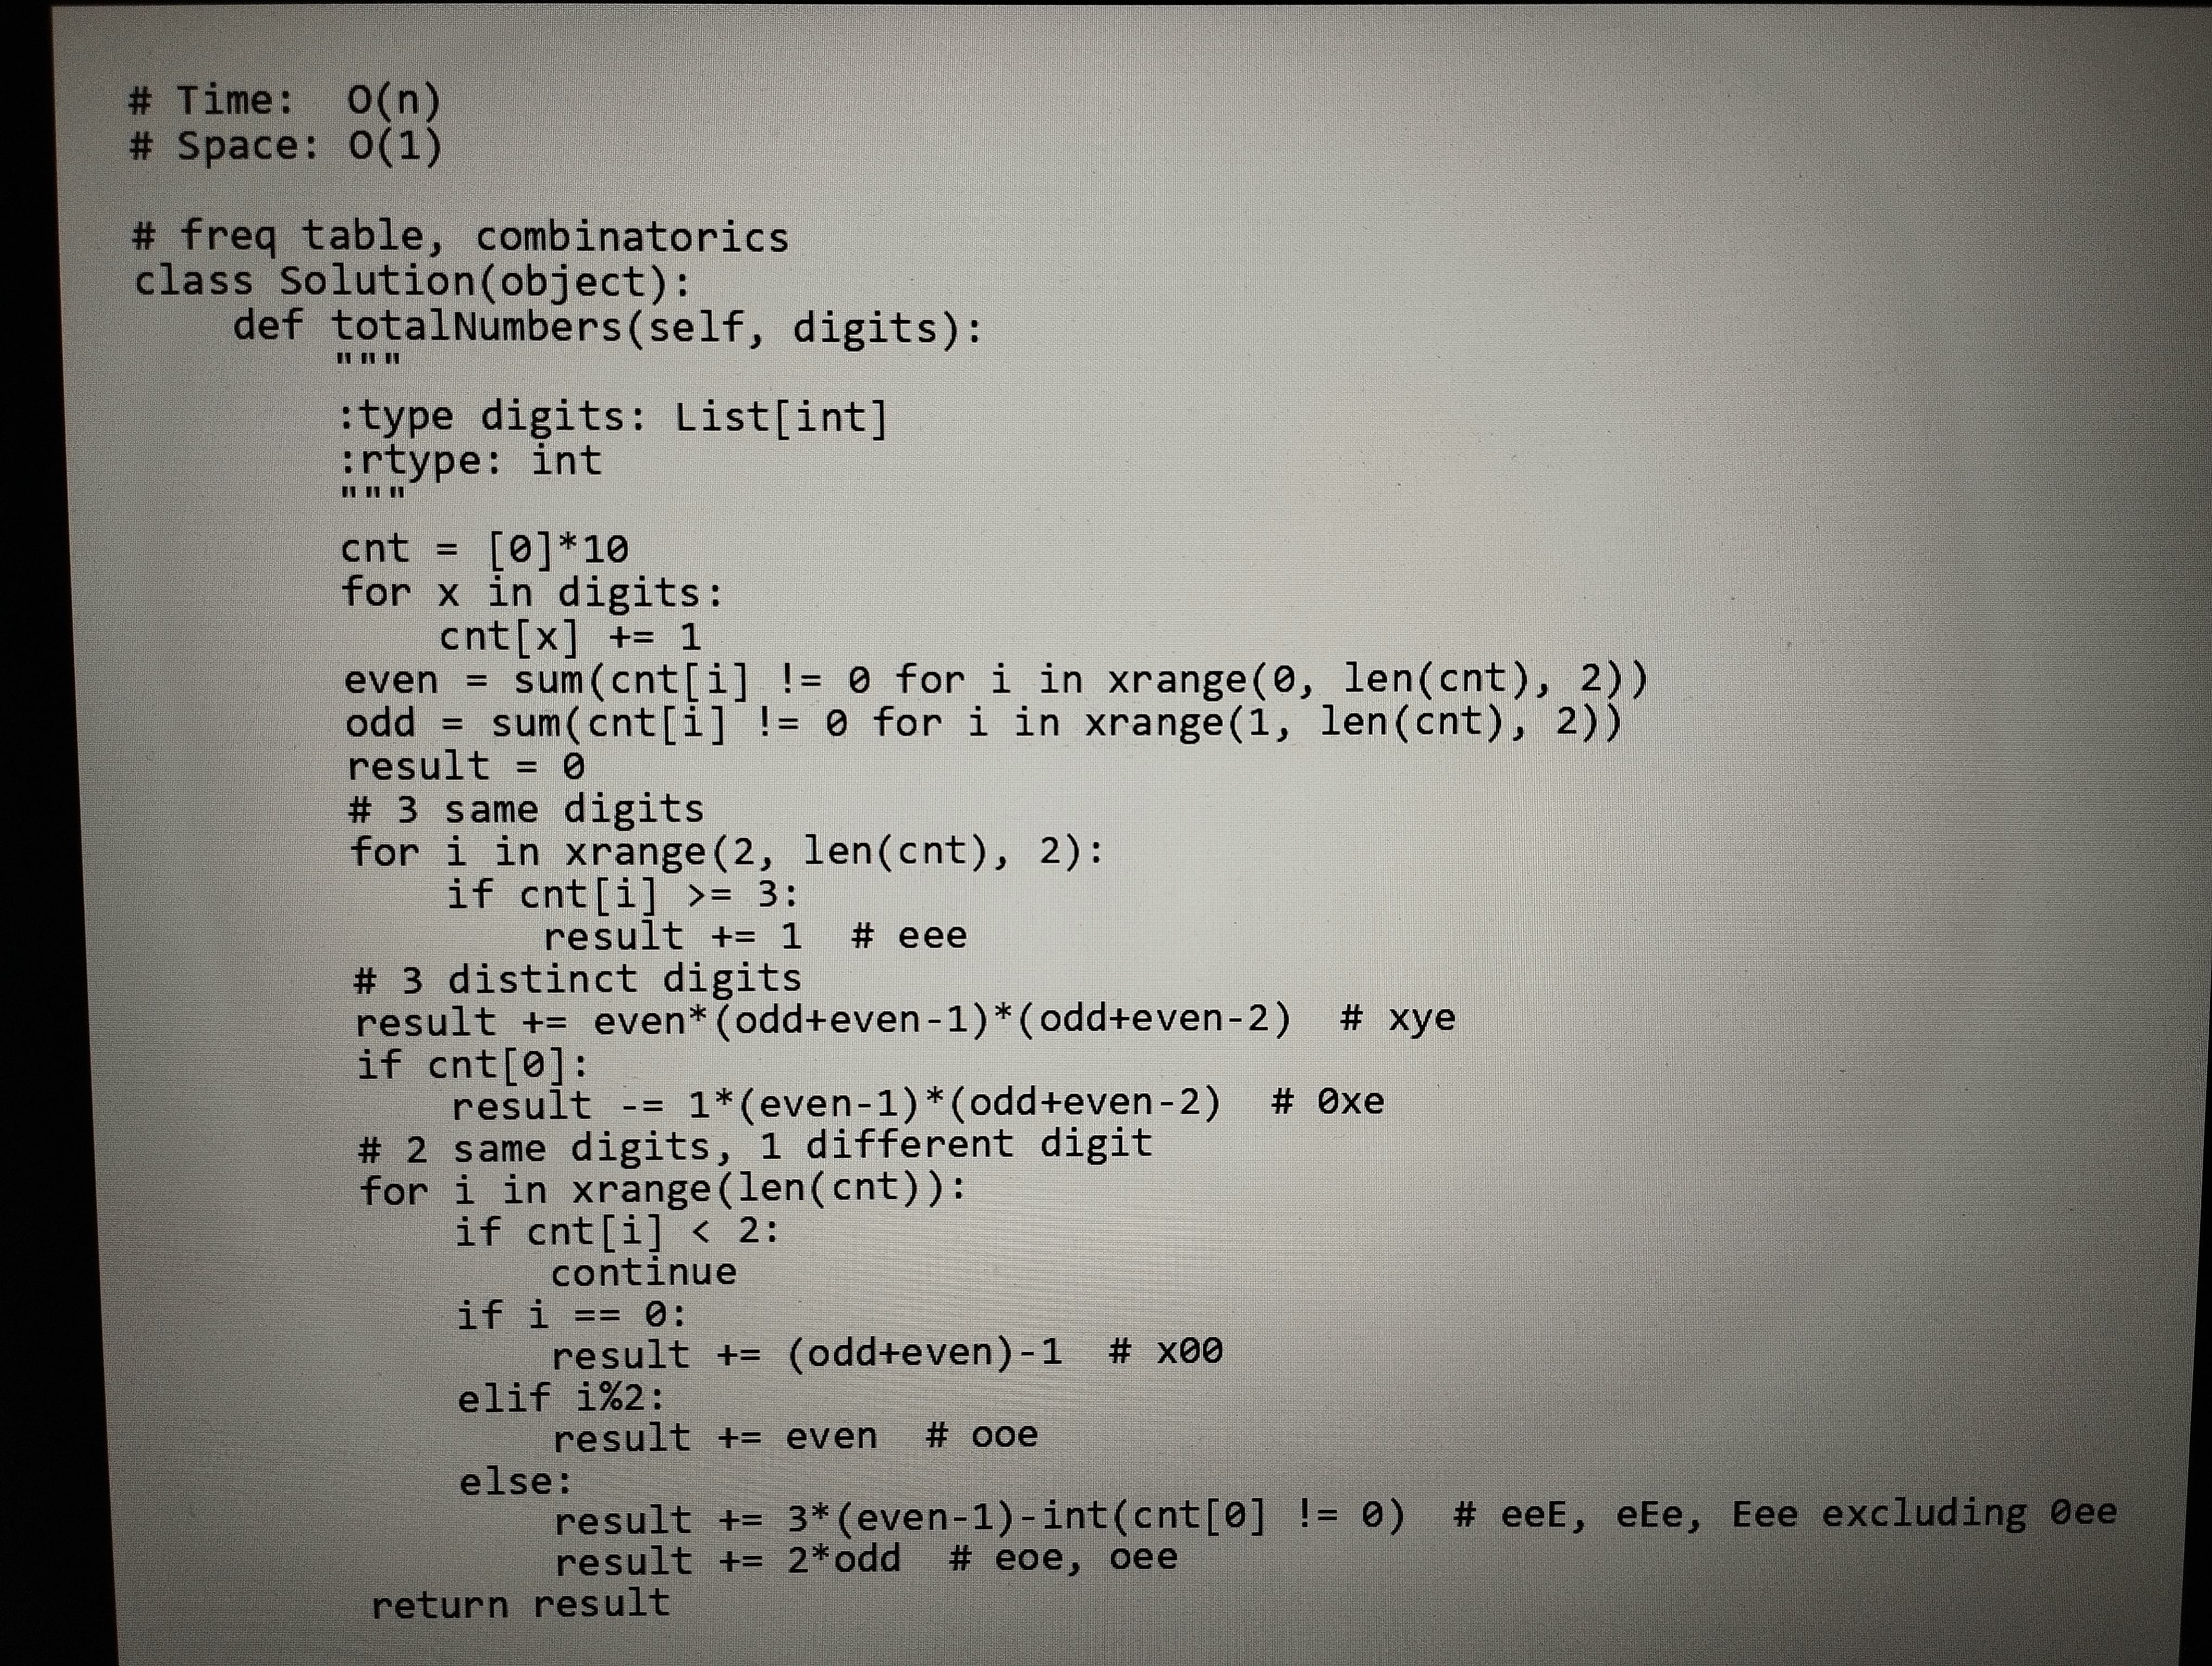
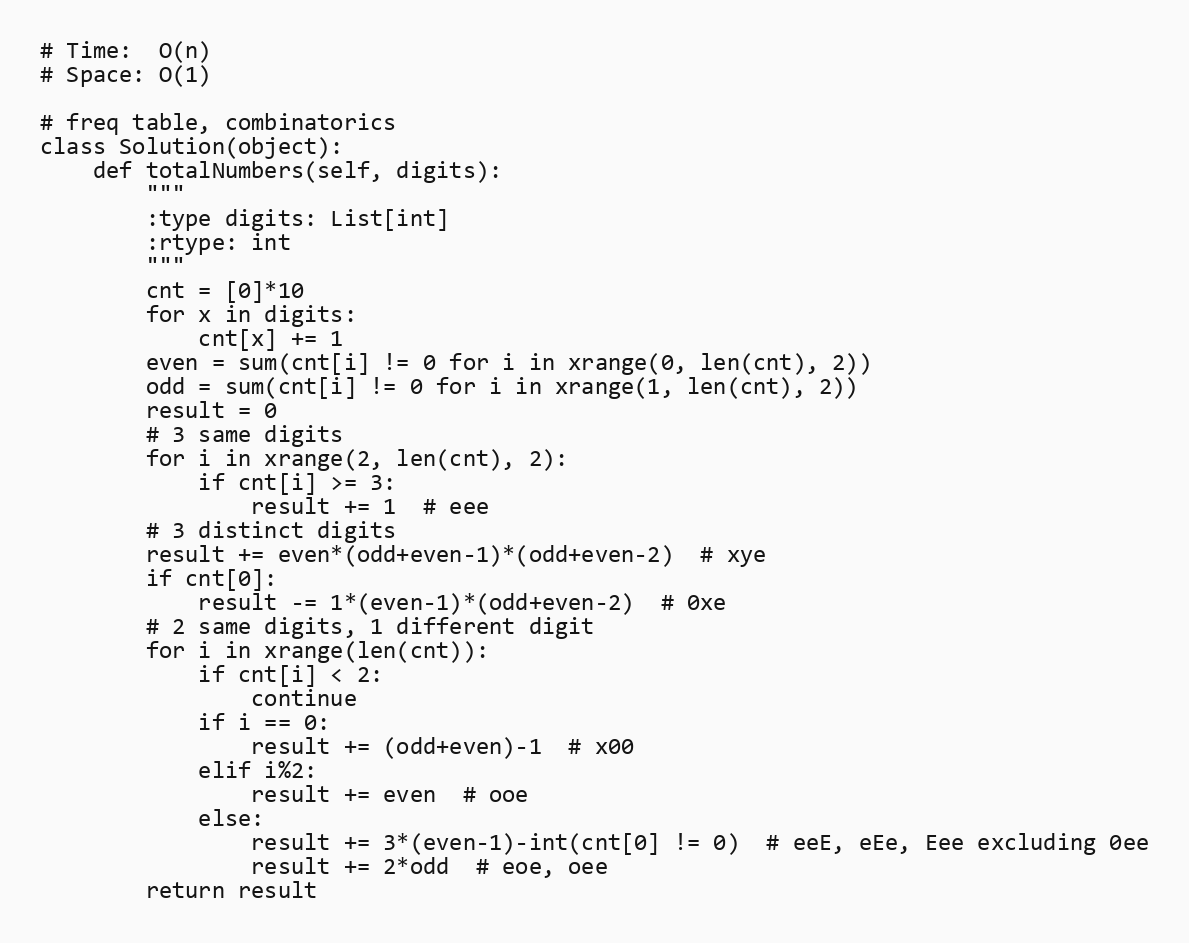
# Time:  O(n)
# Space: O(1)

# freq table, combinatorics
class Solution(object):
    def totalNumbers(self, digits):
        """
        :type digits: List[int]
        :rtype: int
        """
        cnt = [0]*10
        for x in digits:
            cnt[x] += 1
        even = sum(cnt[i] != 0 for i in xrange(0, len(cnt), 2))
        odd = sum(cnt[i] != 0 for i in xrange(1, len(cnt), 2))
        result = 0
        # 3 same digits
        for i in xrange(2, len(cnt), 2):
            if cnt[i] >= 3:
                result += 1  # eee
        # 3 distinct digits
        result += even*(odd+even-1)*(odd+even-2)  # xye
        if cnt[0]:
            result -= 1*(even-1)*(odd+even-2)  # 0xe
        # 2 same digits, 1 different digit
        for i in xrange(len(cnt)):
            if cnt[i] < 2:
                continue
            if i == 0:
                result += (odd+even)-1  # x00
            elif i%2:
                result += even  # ooe
            else:
                result += 3*(even-1)-int(cnt[0] != 0)  # eeE, eEe, Eee excluding 0ee
                result += 2*odd  # eoe, oee
        return result